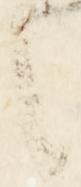
に